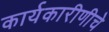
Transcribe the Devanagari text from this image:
कार्यकारीणीचे